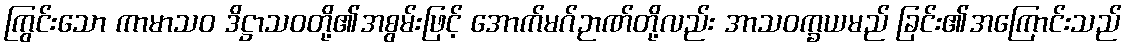
ကြွင်းသော ကာမာသဝ ဒိဋ္ဌာသဝတို့၏အစွမ်းဖြင့် အောက်မဂ်ဉာဏ်တို့လည်း အာသဝက္ခယမည် ခြင်း၏အကြောင်းသည်